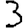
Digit: 3